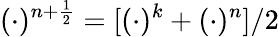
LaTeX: (\cdot)^{n+\frac{1}{2}}=[(\cdot)^{k}+(\cdot)^{n}]/2